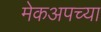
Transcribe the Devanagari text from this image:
मेकअपच्या